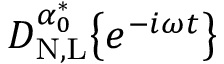
D _ { \mathrm { N , L } } ^ { \alpha _ { 0 } ^ { * } } \big \{ { e ^ { - i \omega t } \big \} }